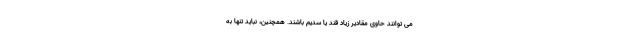
می توانند حاوی مقادیر زیاد قند یا سدیم باشند. همچنین، نباید تنها به